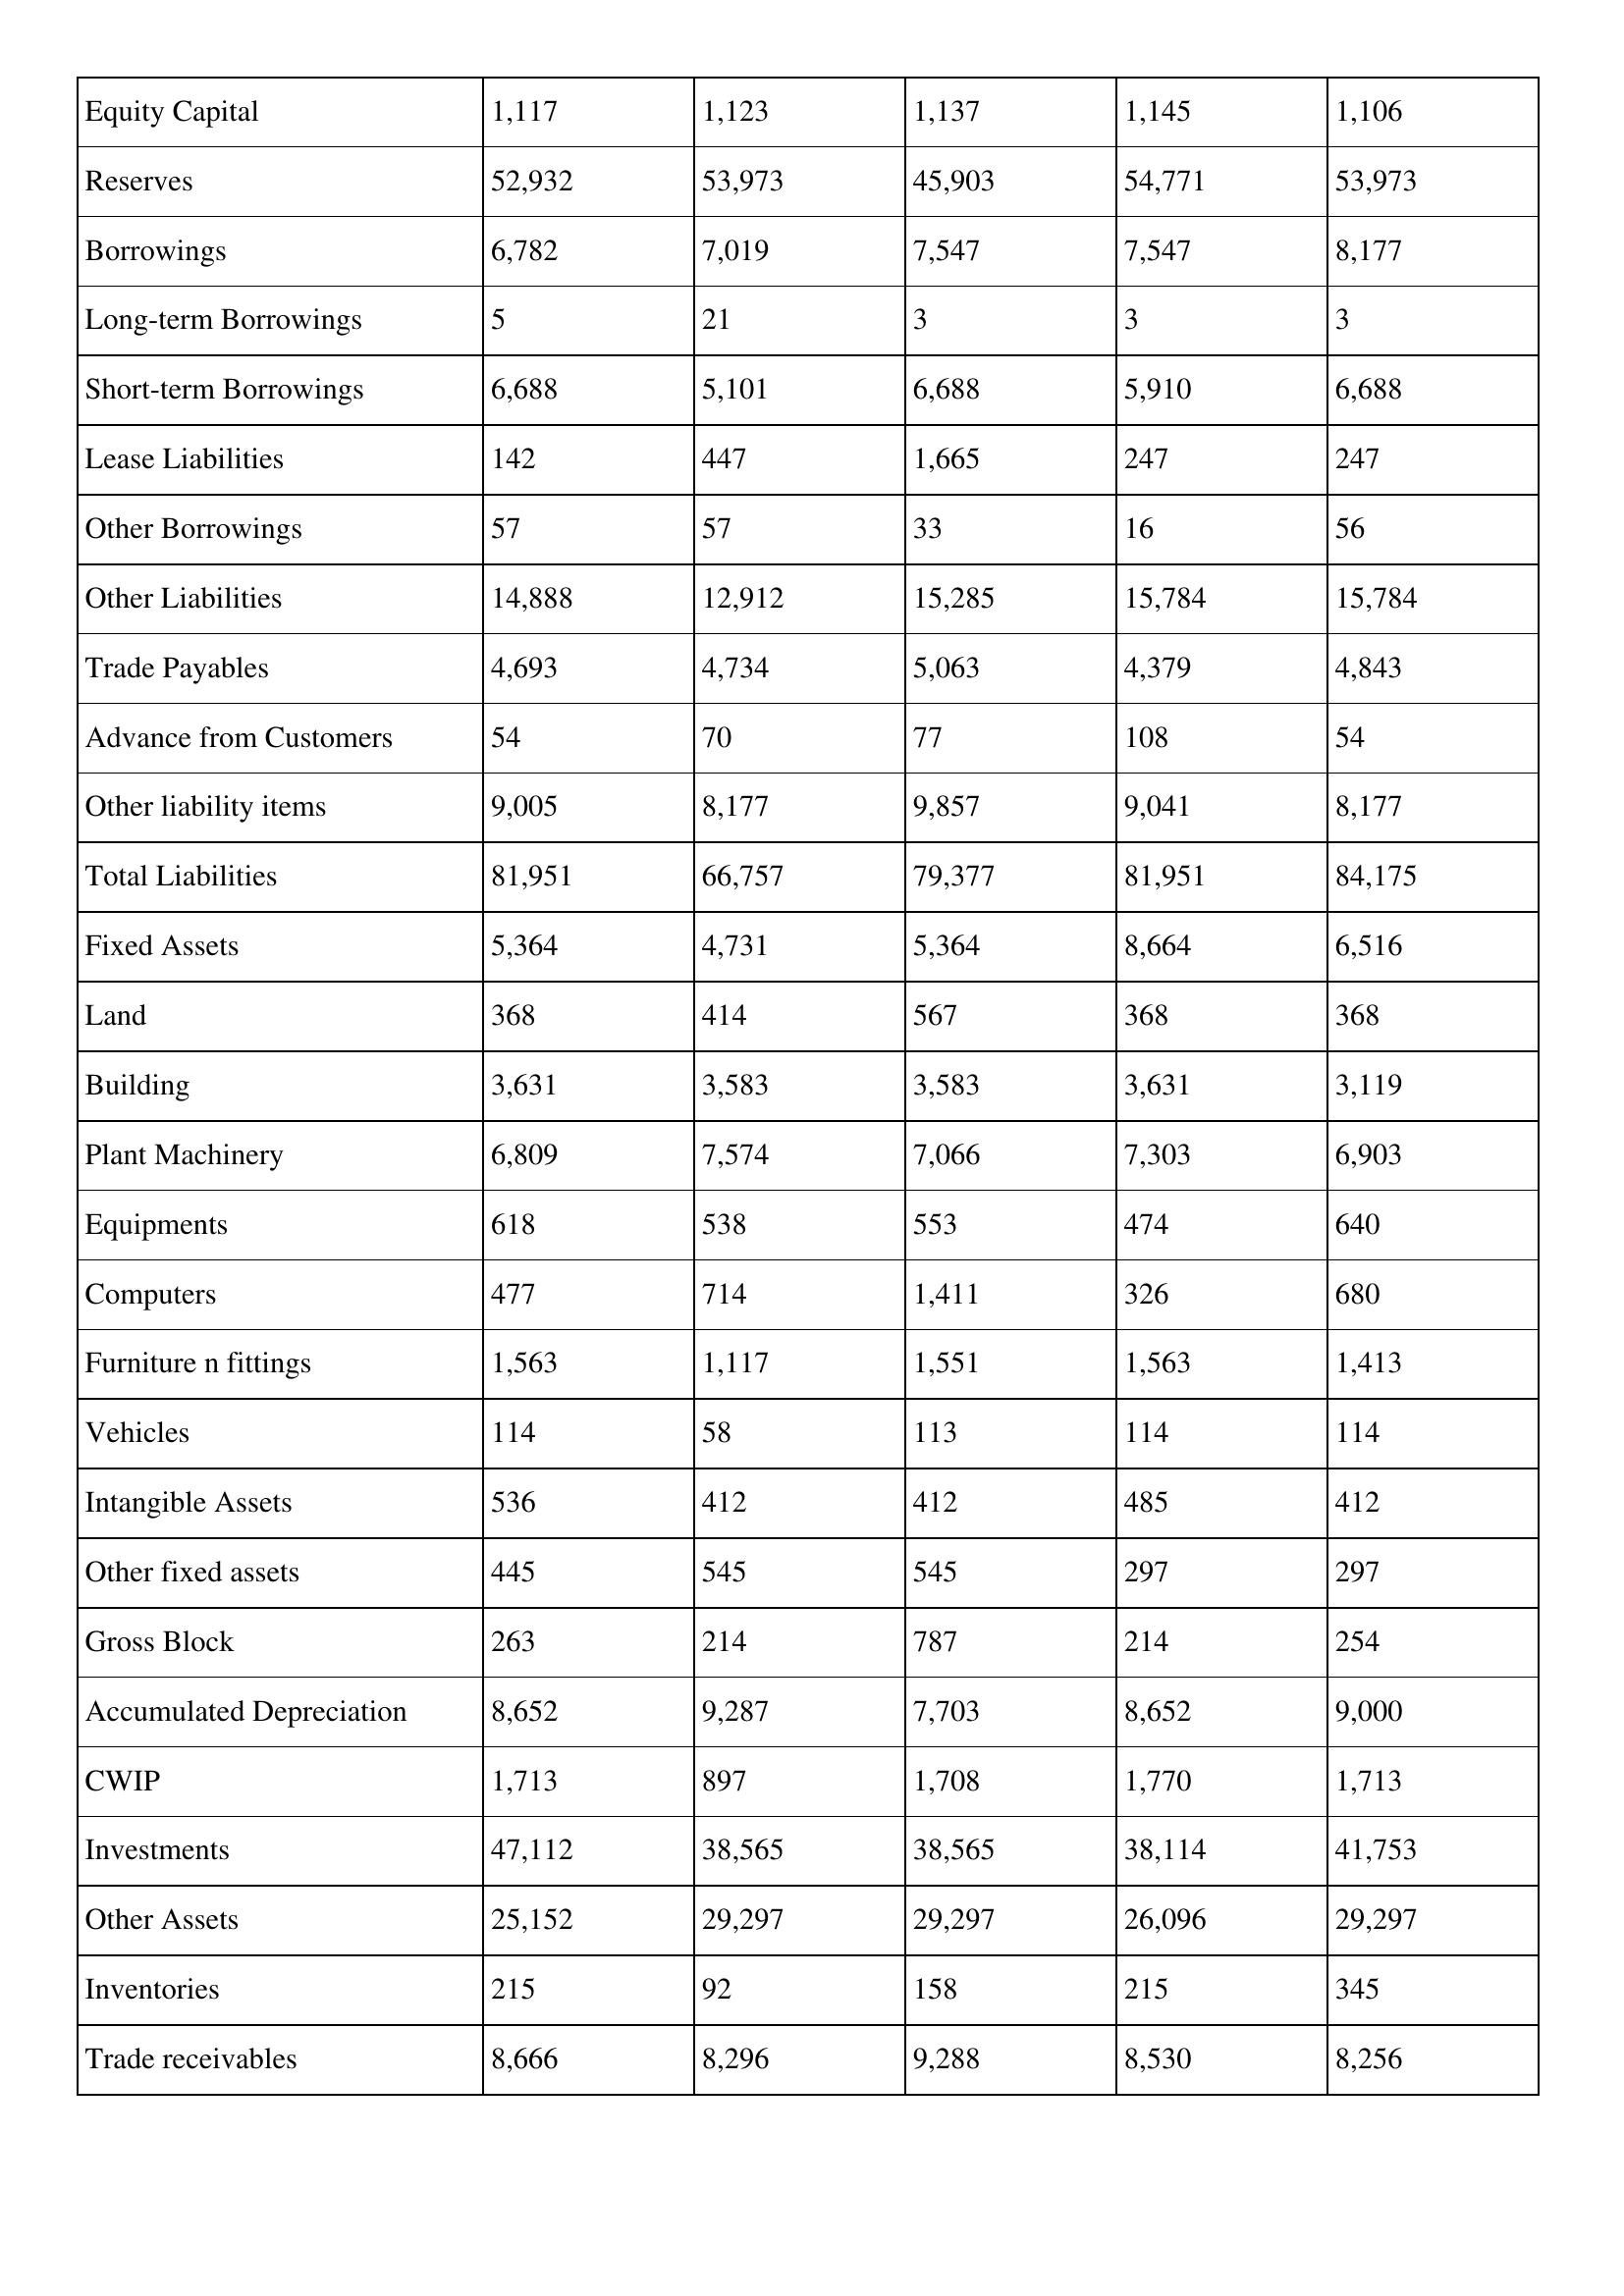
gt_parse: 2007: Balance Sheet: Equity Capital: 1,117
Reserves: 52,932
Borrowings: 6,782
Long-term Borrowings: 5
Short-term Borrowings: 6,688
Lease Liabilities: 142
Other Borrowings: 57
Other Liabilities: 14,888
Trade Payables: 4,693
Advance from Customers: 54
Other liability items: 9,005
Total Liabilities: 81,951
Fixed Assets: 5,364
Land: 368
Building: 3,631
Plant Machinery: 6,809
Equipments: 618
Computers: 477
Furniture n fittings: 1,563
Vehicles: 114
Intangible Assets: 536
Other fixed assets: 445
Gross Block: 263
Accumulated Depreciation: 8,652
CWIP: 1,713
Investments: 47,112
Other Assets: 25,152
Inventories: 215
Trade receivables: 8,666
2006: Balance Sheet: Equity Capital: 1,123
Reserves: 53,973
Borrowings: 7,019
Long-term Borrowings: 21
Short-term Borrowings: 5,101
Lease Liabilities: 447
Other Borrowings: 57
Other Liabilities: 12,912
Trade Payables: 4,734
Advance from Customers: 70
Other liability items: 8,177
Total Liabilities: 66,757
Fixed Assets: 4,731
Land: 414
Building: 3,583
Plant Machinery: 7,574
Equipments: 538
Computers: 714
Furniture n fittings: 1,117
Vehicles: 58
Intangible Assets: 412
Other fixed assets: 545
Gross Block: 214
Accumulated Depreciation: 9,287
CWIP: 897
Investments: 38,565
Other Assets: 29,297
Inventories: 92
Trade receivables: 8,296
2005: Balance Sheet: Equity Capital: 1,137
Reserves: 45,903
Borrowings: 7,547
Long-term Borrowings: 3
Short-term Borrowings: 6,688
Lease Liabilities: 1,665
Other Borrowings: 33
Other Liabilities: 15,285
Trade Payables: 5,063
Advance from Customers: 77
Other liability items: 9,857
Total Liabilities: 79,377
Fixed Assets: 5,364
Land: 567
Building: 3,583
Plant Machinery: 7,066
Equipments: 553
Computers: 1,411
Furniture n fittings: 1,551
Vehicles: 113
Intangible Assets: 412
Other fixed assets: 545
Gross Block: 787
Accumulated Depreciation: 7,703
CWIP: 1,708
Investments: 38,565
Other Assets: 29,297
Inventories: 158
Trade receivables: 9,288
2004: Balance Sheet: Equity Capital: 1,145
Reserves: 54,771
Borrowings: 7,547
Long-term Borrowings: 3
Short-term Borrowings: 5,910
Lease Liabilities: 247
Other Borrowings: 16
Other Liabilities: 15,784
Trade Payables: 4,379
Advance from Customers: 108
Other liability items: 9,041
Total Liabilities: 81,951
Fixed Assets: 8,664
Land: 368
Building: 3,631
Plant Machinery: 7,303
Equipments: 474
Computers: 326
Furniture n fittings: 1,563
Vehicles: 114
Intangible Assets: 485
Other fixed assets: 297
Gross Block: 214
Accumulated Depreciation: 8,652
CWIP: 1,770
Investments: 38,114
Other Assets: 26,096
Inventories: 215
Trade receivables: 8,530
2003: Balance Sheet: Equity Capital: 1,106
Reserves: 53,973
Borrowings: 8,177
Long-term Borrowings: 3
Short-term Borrowings: 6,688
Lease Liabilities: 247
Other Borrowings: 56
Other Liabilities: 15,784
Trade Payables: 4,843
Advance from Customers: 54
Other liability items: 8,177
Total Liabilities: 84,175
Fixed Assets: 6,516
Land: 368
Building: 3,119
Plant Machinery: 6,903
Equipments: 640
Computers: 680
Furniture n fittings: 1,413
Vehicles: 114
Intangible Assets: 412
Other fixed assets: 297
Gross Block: 254
Accumulated Depreciation: 9,000
CWIP: 1,713
Investments: 41,753
Other Assets: 29,297
Inventories: 345
Trade receivables: 8,256